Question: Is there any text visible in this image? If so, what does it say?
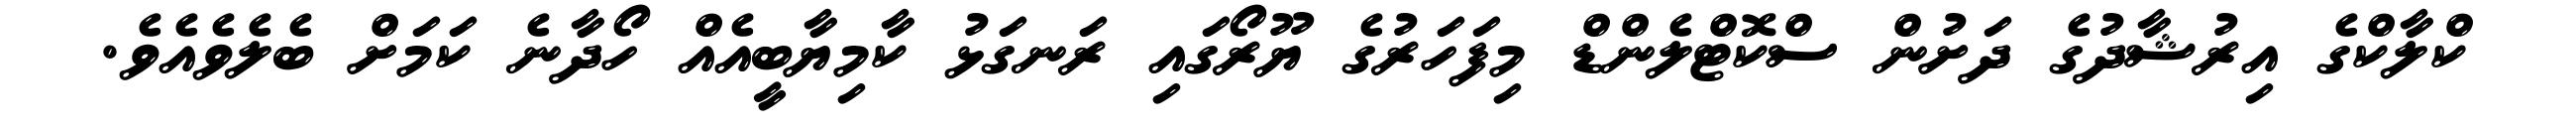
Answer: ކްލާކްގެ އިރުޝާދުގެ ދަށުން ސްކޮޓްލެންޑް މިފަހަރުގެ ޔޫރޯގައި ރަނގަޅު ކާމިޔާބީއެއް ހޯދާނެ ކަމަށް ބެލެވެއެވެ.